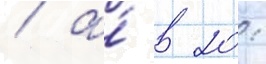
/ а́ в 20: